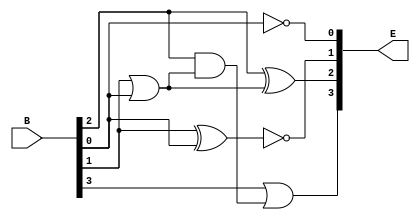
module BCD_to_Excess(B, E);

input [3:0]B;
output [3:0]E;

assign  E[0] = ~B[0],
	E[1] = ~(B[1] ^ B[0]),
	E[2] = B[2] ^ (B[1] | B[0]),
	E[3] = B[3] | B[2] & (B[1] | B[0]);
endmodule